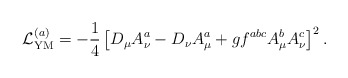
\begin{align*}{\cal L}_{\rm YM}^{(a)} =-\frac14\left[D_\mu A_\nu^a -D_\nu A_\mu^a +gf^{abc}A_\mu^bA_\nu^c\right]^2 .\end{align*}